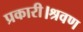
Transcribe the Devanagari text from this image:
प्रकारी।श्रवण